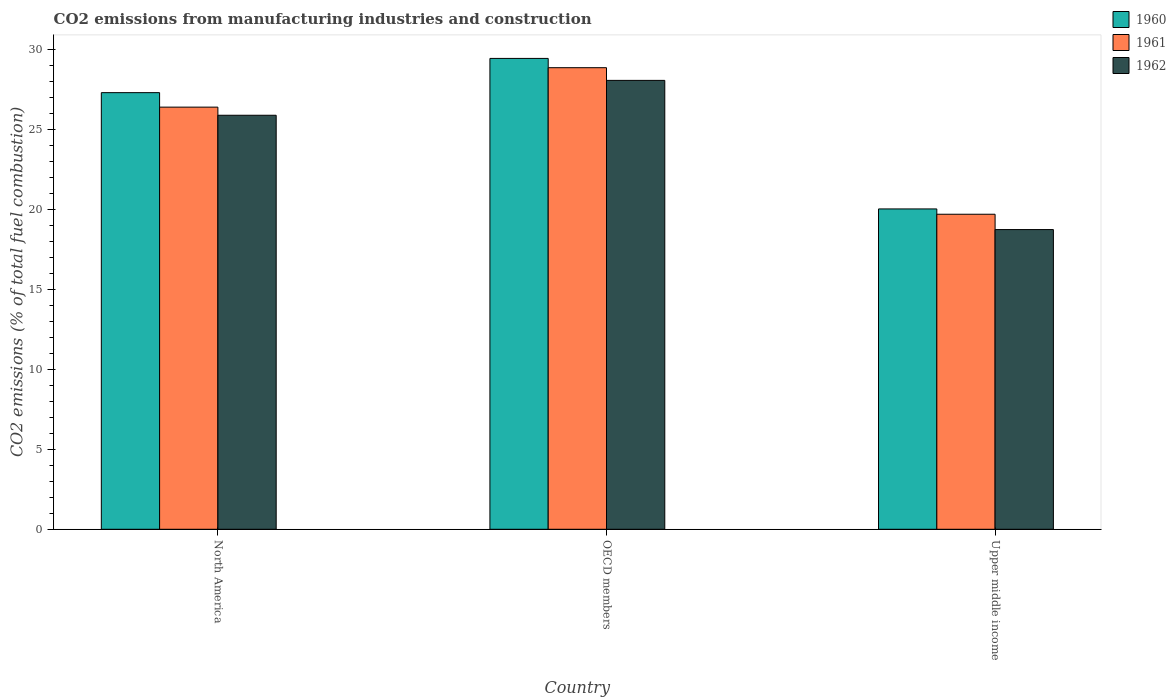
| Country | 1960 | 1961 | 1962 |
 | --- | --- | --- | --- |
 | North America | 27.3 | 26.4 | 25.9 |
 | OECD members | 29.5 | 28.9 | 28.1 |
 | Upper middle income | 20 | 19.7 | 18.8 |